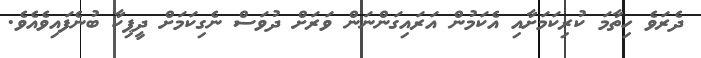
ދެރަވެ ހިތާމަ ކުރިކަމަށާއި އެކަމުން އަރައިގަންނަން ވަރަށް ދުވަސް ނެގިކަމަށް ދީޕިކާ ބުނެފައިވެއެވެ.